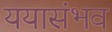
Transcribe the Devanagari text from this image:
ययासंभव